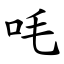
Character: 㕰